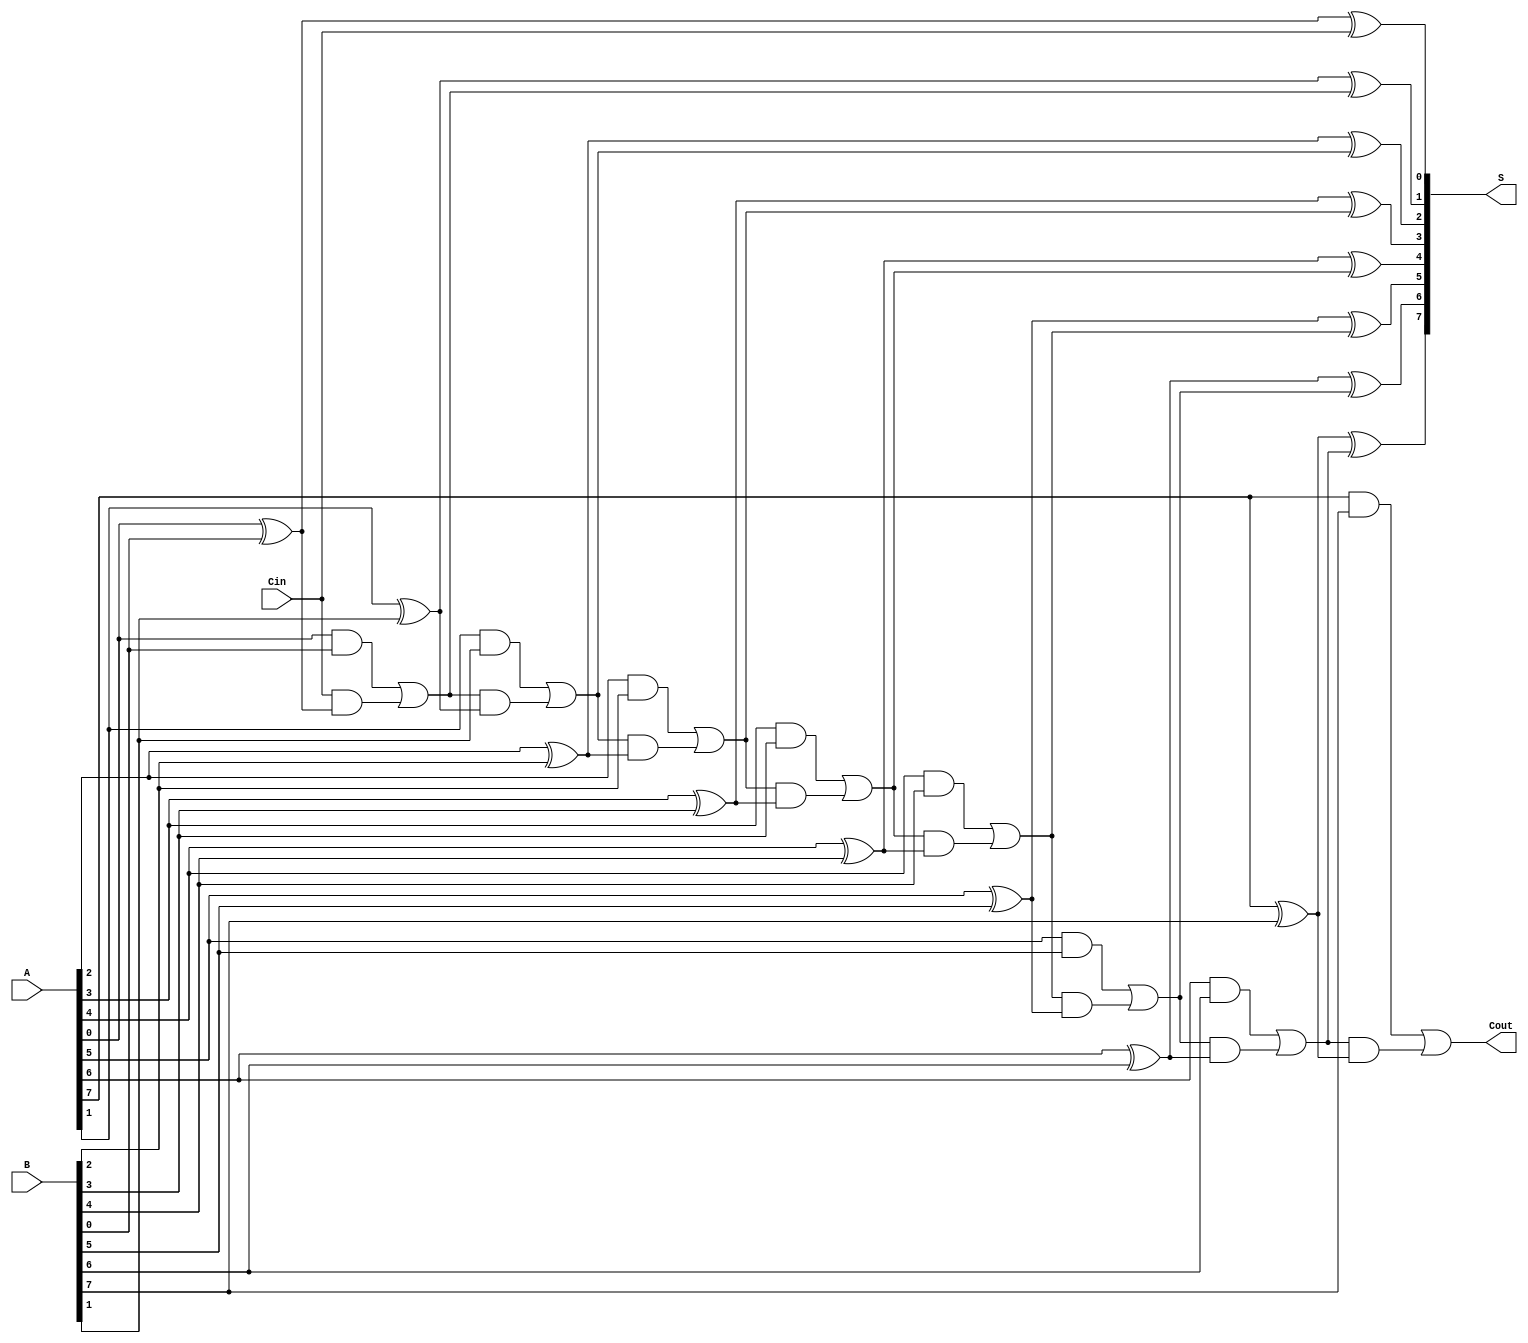
module ManchesterCarryChainAdder #(parameter n = 8) (
    input  [n-1:0] A,      // n-bit input A
    input  [n-1:0] B,      // n-bit input B
    input         Cin,      // Carry-in
    output [n-1:0] S,      // n-bit sum output
    output        Cout      // Carry-out
);

    wire [n:0] carry;       // Carry signals, carry[n] is Cout
    assign carry[0] = Cin;  // Initialize carry-in

    // Full adder logic for each bit
    genvar i;
    generate
        for (i = 0; i < n; i = i + 1) begin : full_adder
            wire sum, C_gen, C_prop;

            // Sum calculation
            assign sum = A[i] ^ B[i] ^ carry[i];

            // Carry generation and propagation
            assign C_gen = A[i] & B[i]; // Generate
            assign C_prop = carry[i] & (A[i] ^ B[i]); // Propagate

            // Output sum
            assign S[i] = sum;

            // Carry-out for the next stage
            assign carry[i + 1] = C_gen | C_prop;
        end
    endgenerate

    // Final carry-out signal
    assign Cout = carry[n];

endmodule